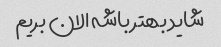
شاید بهتر باشه الان بریم